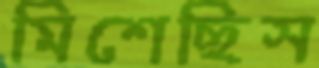
মিশেছিস